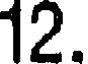
12.